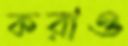
করাও